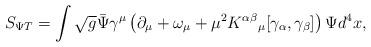
LaTeX: \begin{align*}S_{\Psi T} = \int \sqrt{g} {\bar \Psi}\gamma^\mu \left( \partial_\mu + \omega_{\mu} +\mu^{2} K^{\alpha \beta}{}_{\mu} [\gamma_\alpha, \gamma_\beta] \right) \Psi d^4 x,\end{align*}